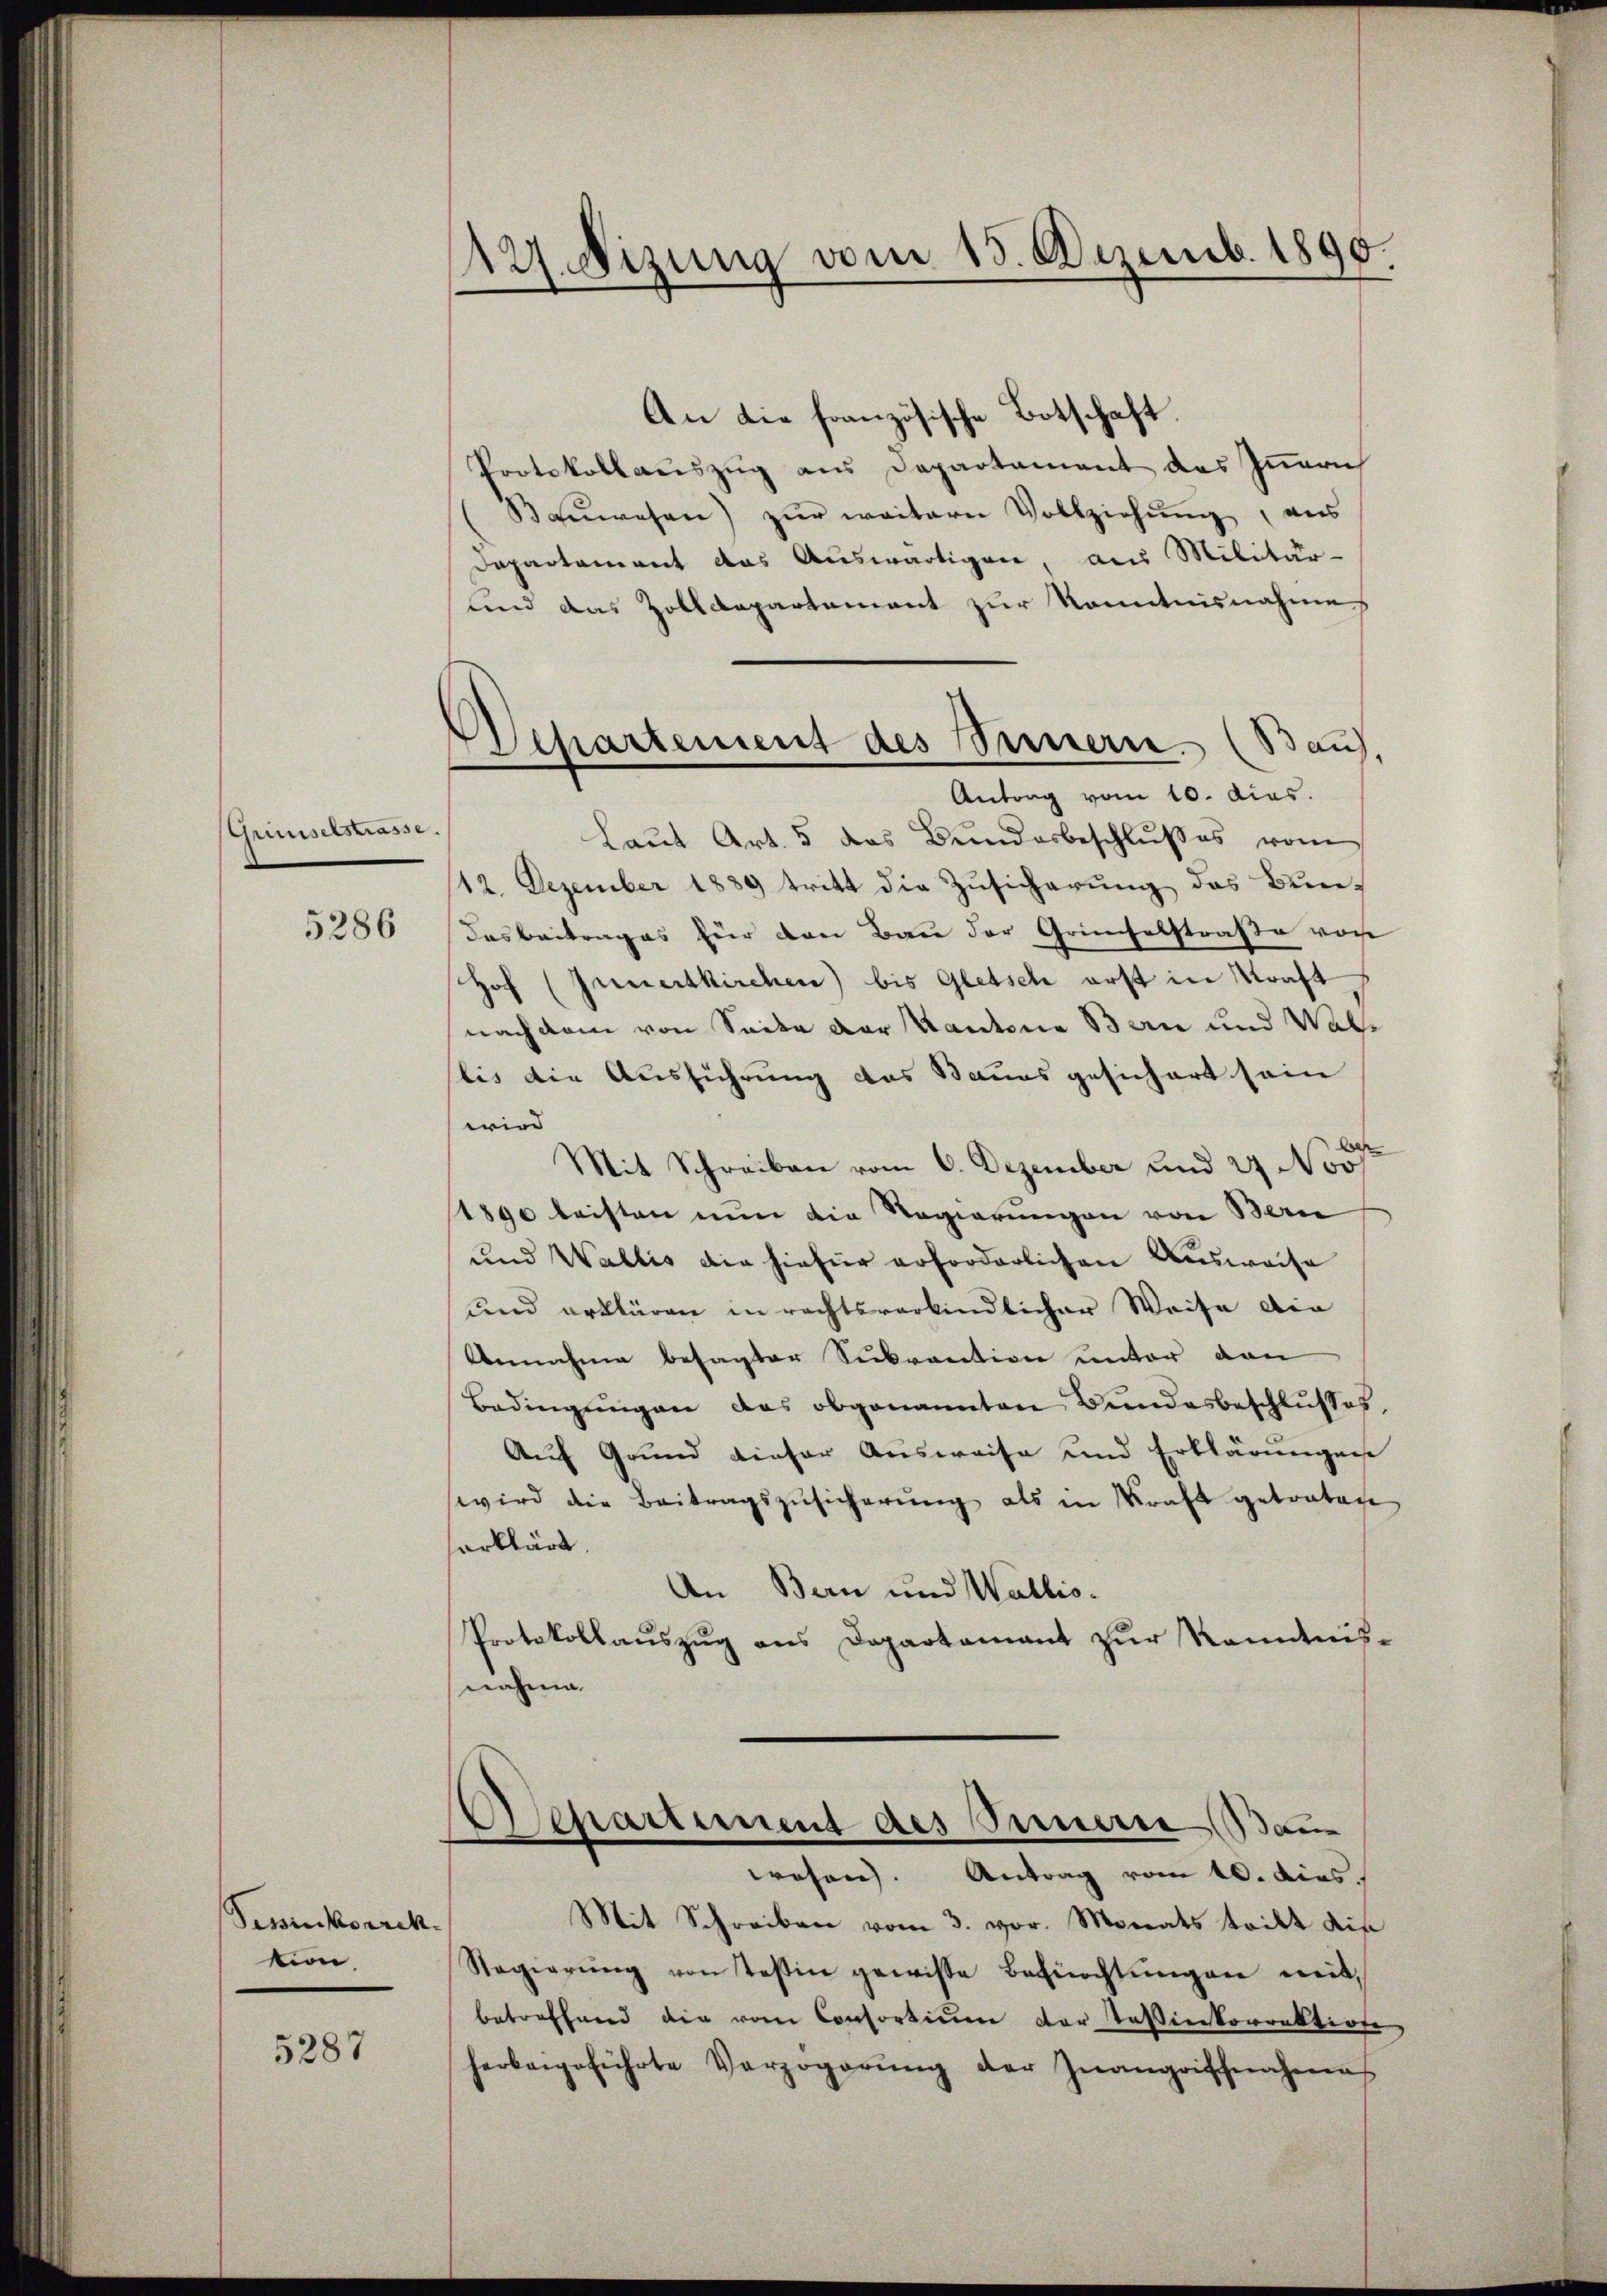
Gruselstrasse.

5286

Sessinckorrek
tion,

5287

An die französische Botschaft.
Protokollauszug aus Departament des Innern
Baŭwesen) zŭr weitern Vollziehŭng, ans
Departement das Auswärtigen, aus Militär-
und das Zolldepartement zur Kenntnisnahmes
Laut Art. 5 das Bundesbeschlußes vom
12. Dezember 1889 tritt die Zusicherung des Bun¬
Dasbeitrages für den Bau der Grinfelstraße von
Hof (Innertkirchen) bis Gletsch erst in Kraft
nach dem von Seite der Kantone Bern und Wallis die Ausführung das Baues gesichert sein
wird
Mit Schreiben vom 6. Dezember und 27 No 57
1890 leisten nun die Regierungen von Bern
und Wallis die hiefür erforderlichen Ausweise
und erklären in rechtsverbindlicher Weise die
Annahme besagter Sukrantion unter dan
Bedingŭngen des obgenannten Bundesbeschlusses,
Auf Grund dieser Ausweise und Erklärungen
wird die Beitragszusicherung als in Kraft getraten
erklärt.
An Bern und Wallis.
Protokollauszug aus Departamant zur Kenntnisnahme.

12. Nizung vom 15. Dezemb. 1890.

Departement des Bernern. (Bauf,
Antrag vom 10. dias.

Departement des Innere Baue
wesen. Antrag vom 10. dies

Mit Schreiben vom 3. vor. Monats teilt dis
Regierŭng von Teßin gewisse Befürchtŭngen mit
betreffend die vom Consortinen der Tassierkorrektirte
herbeigeführte Verzögerŭng der Inangrischnahme